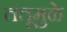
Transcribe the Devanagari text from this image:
तंतूमुळे